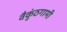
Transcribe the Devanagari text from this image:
वैकुंठगामी